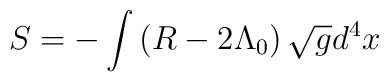
S=-\int \left( R-2\Lambda _{0}\right) \sqrt{g}d^{4}x